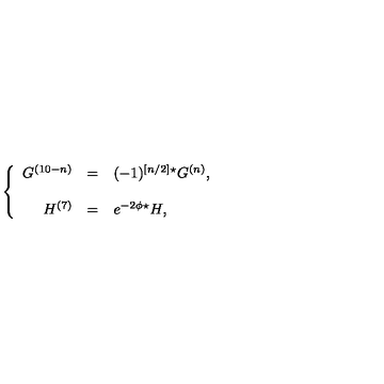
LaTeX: \left\{ \begin{array} { r c l } { G ^ { ( 1 0 - n ) } } & { = } & { ( - 1 ) ^ { \left[ n / 2 \right] } { } ^ { \star } G ^ { ( n ) } , } \\ { } & { } & { } \\ { H ^ { ( 7 ) } } & { = } & { e ^ { - 2 \phi } { } ^ { \star } H , } \\ \end{array} \right.